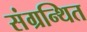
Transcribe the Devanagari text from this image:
संग्रन्थित